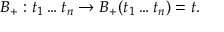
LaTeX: B _ { + } : t _ { 1 } \ldots t _ { n } \to B _ { + } ( t _ { 1 } \ldots t _ { n } ) = t .